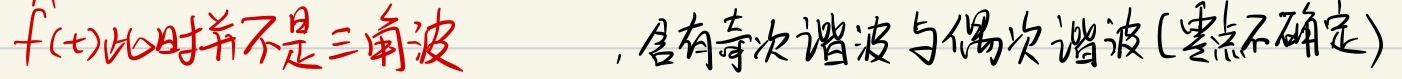
\(\hat{f}(t)\)此时并不是三角波 ，含有奇次谐波与偶次谐波(零点不确定)